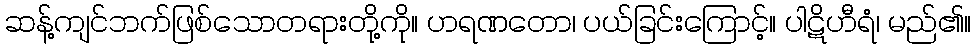
ဆန့်ကျင်ဘက်ဖြစ်သောတရားတို့ကို။ ဟရဏတော၊ ပယ်ခြင်းကြောင့်။ ပါဋိဟီရံ၊ မည်၏။